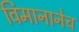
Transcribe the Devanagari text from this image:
विमानानेच